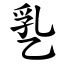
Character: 㐠